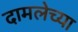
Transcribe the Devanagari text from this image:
दामलेच्या